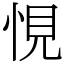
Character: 悓